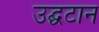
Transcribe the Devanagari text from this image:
उद्घटान